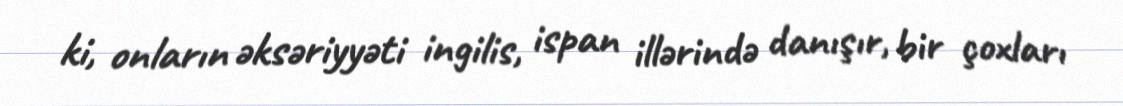
ki, onların əksəriyyəti ingilis, ispan illərində danışır, bir çoxları